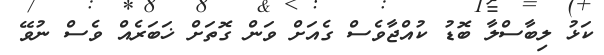
ކަޅު ލިބާސްލާ ބޮޑު ކުއްޖާވެސް ގެއަށް ވަން ގޮތަށް ޚަބަރެއް ވެސް ނުވޭ